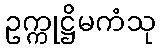
ဥက္ကုဋ္ဌိမကံသု